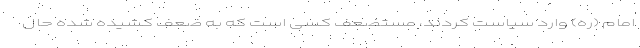
امام (ره) وارد سیاست کردند، مستضعف کسی است که به ضعف کشیده شده حال